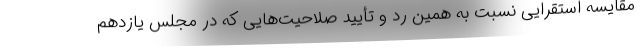
مقایسه استقرایی نسبت به همین رد و تأیید صلاحیت‌هایی که در مجلس یازدهم